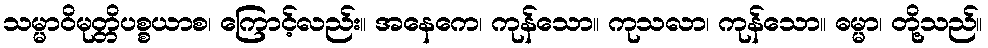
သမ္မာဝိမုတ္တိပစ္စယာစ၊ ကြောင့်လည်း။ အနေကေ၊ ကုန်သော။ ကုသလာ၊ ကုန်သော။ ဓမ္မာ၊ တို့သည်။